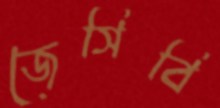
জেসিবি